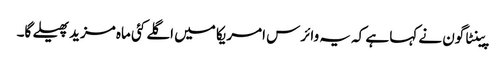
پینٹاگون نے کہا ہے کہ یہ وائرس امریکا میں اگلے کئی ماہ مزید پھیلے گا۔